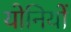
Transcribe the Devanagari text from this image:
योनियों